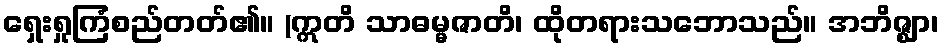
ရှေးရှုကြံစည်တတ်၏။ (ဣတိ သာဓမ္မဇာတိ၊ ထိုတရားသဘောသည်။ အဘိဇ္ဈာ၊